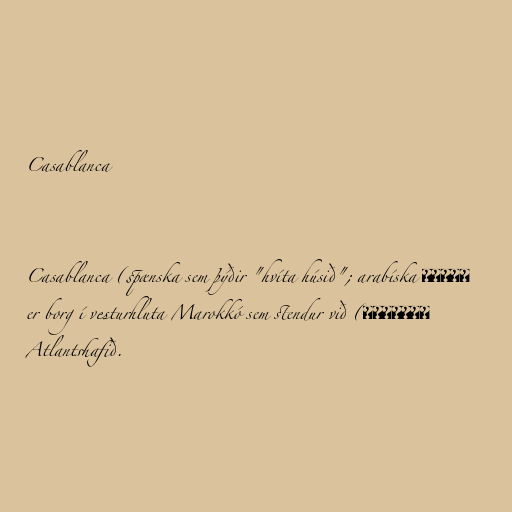
Casablanca

Casablanca (spænska sem þýðir "hvíta húsið"; arabíska الدار
البيضاء) er borg í vesturhluta Marokkó sem stendur við
Atlantshafið.